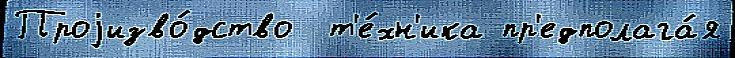
Проjизво́дство  т'е́хн'ика пр'едполага́я